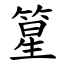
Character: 篂